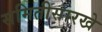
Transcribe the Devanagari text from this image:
समितीसारखे